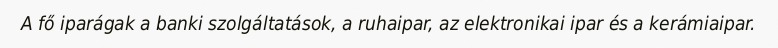
A fő iparágak a banki szolgáltatások, a ruhaipar, az elektronikai ipar és a kerámiaipar.